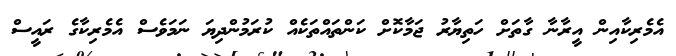
އެމެރިކާއިން އީރާނާ ގާތަށް ހަތިޔާރު ޖަމާކޮށް ކަންތައްތަކެއް ކުރަމުންދިޔަ ނަމަވެސް އެމެރިކާގެ ރައީސް